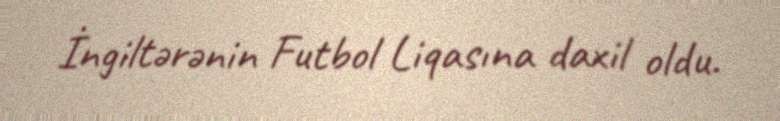
İngiltərənin Futbol Liqasına daxil oldu.